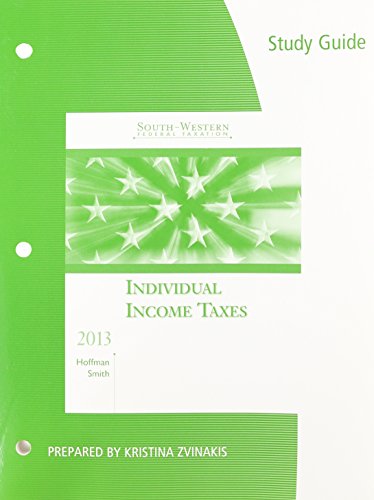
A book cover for Study Guide for Hoffman/Smith's South-Western Federal Taxation 2013: Individual Income Taxes, 36th; William Hoffman; Law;